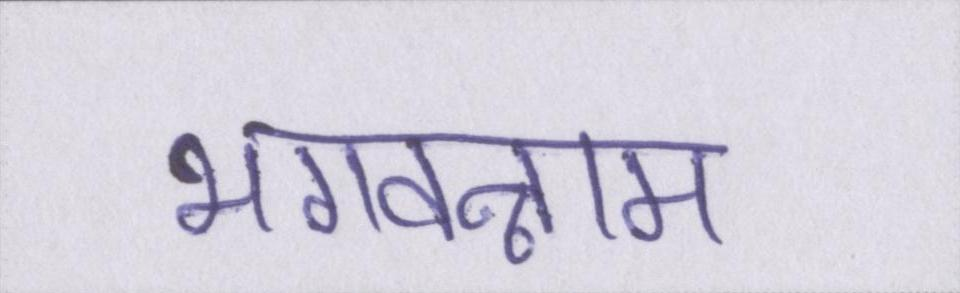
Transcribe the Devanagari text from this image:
भगवन्नाम